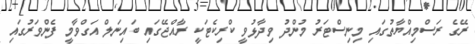
ރޭގެ ރަސްމިއްޔާތުގައި މިނިސްޓަރު މުންދު ވިދާޅުވީ ކްރިކެޓަކީ ރާއްޖޭގައި ބައިނަލް އަގްވާމީ ފެންވަރުގައި